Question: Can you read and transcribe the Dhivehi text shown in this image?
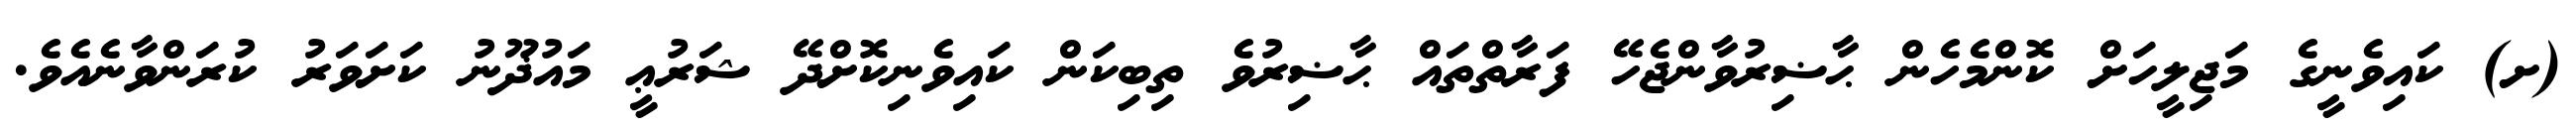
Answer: (ށ) ކައިވެނީގެ މަޖިލީހަށް ކޮންމެހެން ޙާޟިރުވާންޖެހޭ ފަރާތްތައް ޙާޟިރުވެ ތިބިކަން ކައިވެނިކޮށްދޭ ޝަރުޢީ މައުޛޫނު ކަށަވަރު ކުރަންވާނެއެވެ.